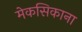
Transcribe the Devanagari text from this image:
मेकसिकाना